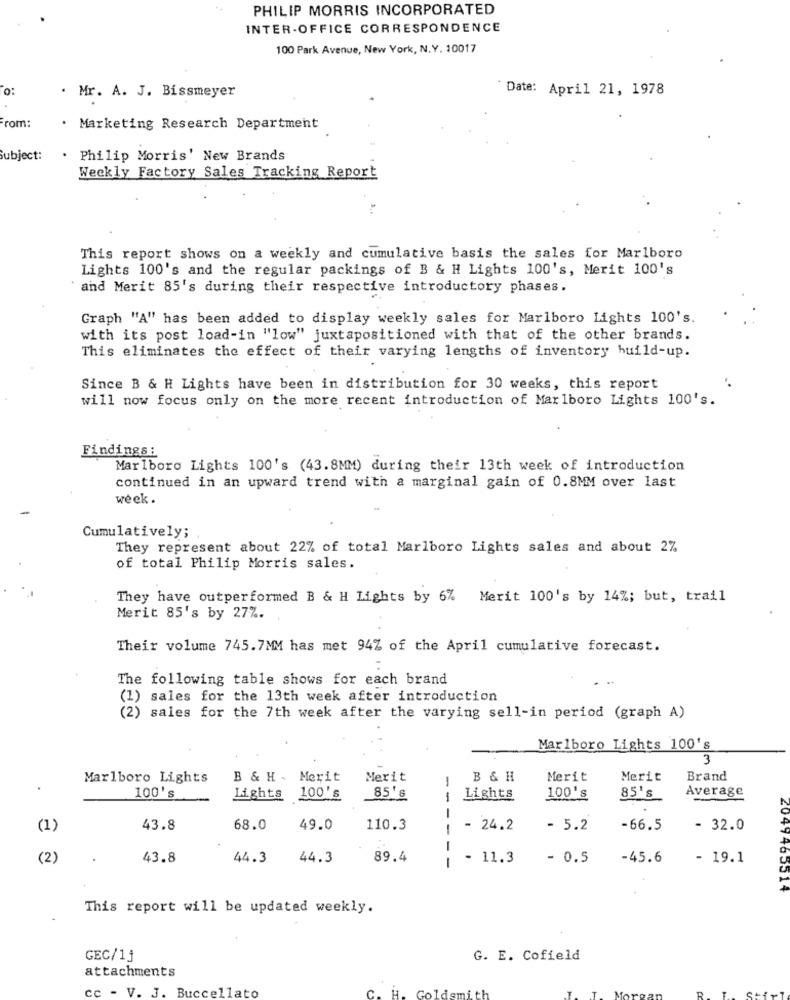
PHILIP MORRIS INCORPORATED
INTER-OFFICE CORRESPONDENCE
100 Park Avenue, New York, N.Y. 10017
o:
. Mr. A. J. Bissmeyer
Date: April 21, 1978
From:
· Marketing Research Department
Subject:
. Philip Morris' New Brands
Weekly Factory Sales Tracking Report
This report shows on a weekly and cumulative basis the sales for Marlboro
Lights 100's and the regular packings of B & H Lights 100's, Merit 100's
and Merit 85's during their respective introductory phases.
Graph "A" has been added to display weekly sales for Marlboro Lights 100's.
with its post load-in "low" juxtapositioned with that of the other brands.
This eliminates the effect of their varying lengths of inventory build-up.
Since B & H Lights have been in distribution for 30 weeks, this report
will now focus only on the more recent introduction of Marlboro Lights 100's.
Findings:
Marlboro Lights 100's (43.8MM) during their 13th week of introduction
continued in an upward trend with a marginal gain of 0.8MM over last
week .
Cumulatively;
They represent about 22% of total Marlboro Lights sales and about 2%
of total Philip Morris sales.
They have outperformed B & H Lights by 6% Merit 100's by 14%; but, trail
Merit 85's by 27%.
Their volume 745.7MM has met 94% of the April cumulative forecast.
The following table shows for each brand
(1) sales for the 13th week after introduction
(2) sales for the 7th week after the varying sell-in period (graph A)
Marlboro Lights 100's
3
Marlboro Lights
B & H . Merit
Merit
B & H
Merit
Merit
Brand
.
Average
100's
Lights 100's
Lights
100's
85's
---
43.8
68.0
49.0
110.3
-
- 24.2
- 5.2
-66.5
- 32.0
-
(2)
43.8
44.3
44.3
89.4
11.3
- 0.5
-45.6
- 19.1
4047405514
This report will be updated weekly.
GEC/1j
G. E. Cofield
attachments
cc - V. J. Buccellato
c. H.
Goldsmith